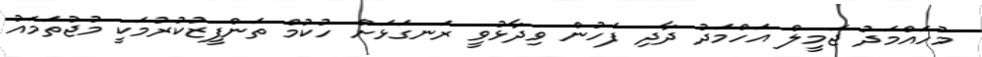
މުހައްމަދު ޖަމީލް އަހްމަދު ދާދި ފަހުން ވިދާޅުވީ ރަނގަޅަށް ހުކުމް ތަންފީޒުކުރުމަކީ މުޖުތަމައު